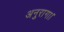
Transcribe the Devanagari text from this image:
अनुरागा।